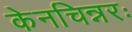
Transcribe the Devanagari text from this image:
केनचिन्नरः